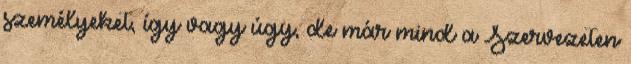
személyeket, így vagy úgy, de már mind a Szervezeten